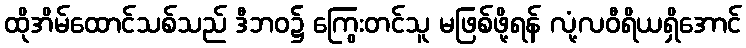
ထိုအိမ်ထောင်သစ်သည် ဒီဘဝ၌ ကြွေးတင်သူ မဖြစ်ဖို့ရန် လုံ့လဝီရိယရှိအောင်